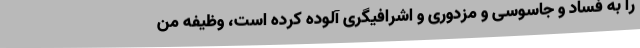
را به فساد و جاسوسی و مزدوری و اشرافیگری آلوده کرده است، وظیفه من